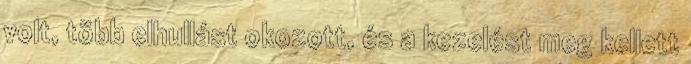
volt, több elhullást okozott, és a kezelést meg kellett